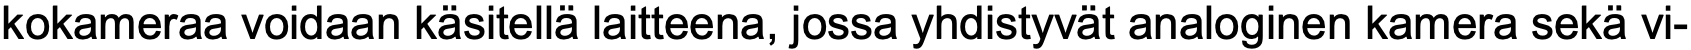
kokameraa voidaan käsitellä laitteena, jossa yhdistyvät analoginen kamera sekä vi-